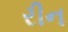
રીન